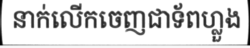
នាក់លើកចេញជាទ័ពហ្លួង